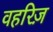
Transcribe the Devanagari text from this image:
वहरिज़